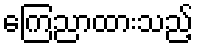
ကြေညာထားသည့်